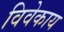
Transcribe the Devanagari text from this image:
विवेकाय